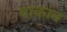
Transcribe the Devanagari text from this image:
वाकाव